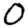
Digit: 0